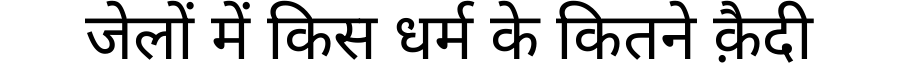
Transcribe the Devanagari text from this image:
जेलों में किस धर्म के कितने क़ैदी